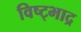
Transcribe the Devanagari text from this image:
विष्ट्भाद्र